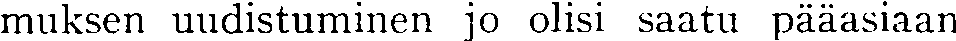
muksen uudistuminen jo olisi saatu pääasiaan